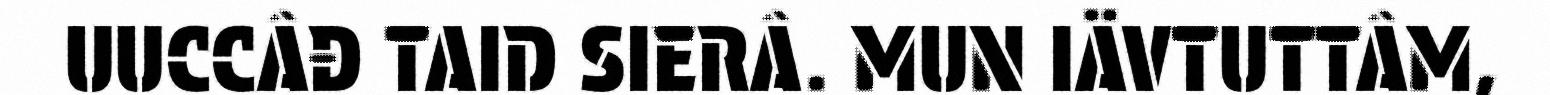
UUCCÂĐ TAID SIERÂ. MUN IÄVTUTTÂM,